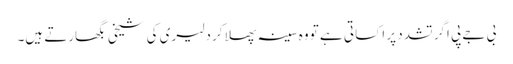
بی جے پی اگر تشدد پر اکسا تی ہے تو وہ سینہ پھلا کر دلیری کی شیخی بگھارتے ہیں۔